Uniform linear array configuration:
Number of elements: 32
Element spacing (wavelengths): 0.75
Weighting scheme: binomial
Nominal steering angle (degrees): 0
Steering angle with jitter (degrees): -0.9299
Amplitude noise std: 0.05
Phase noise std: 0.05

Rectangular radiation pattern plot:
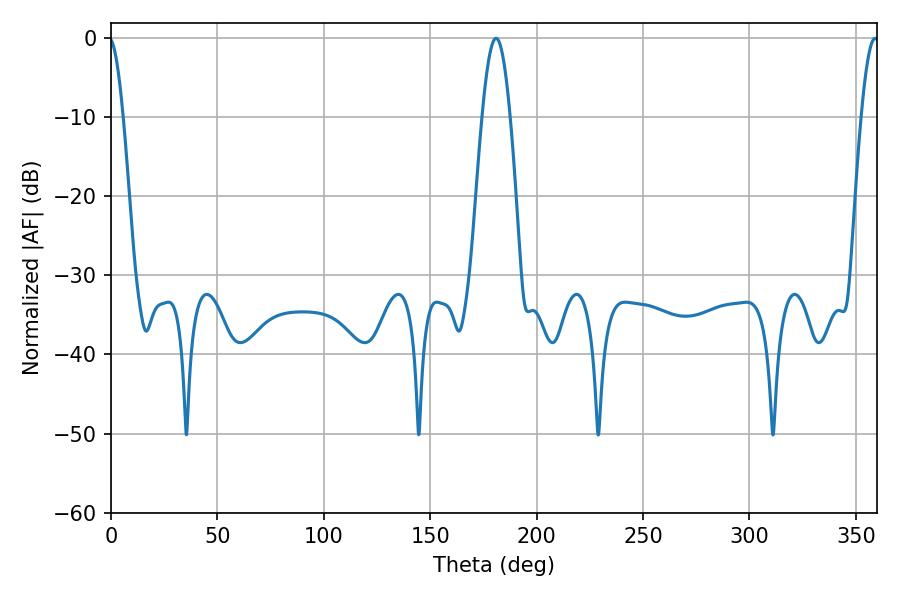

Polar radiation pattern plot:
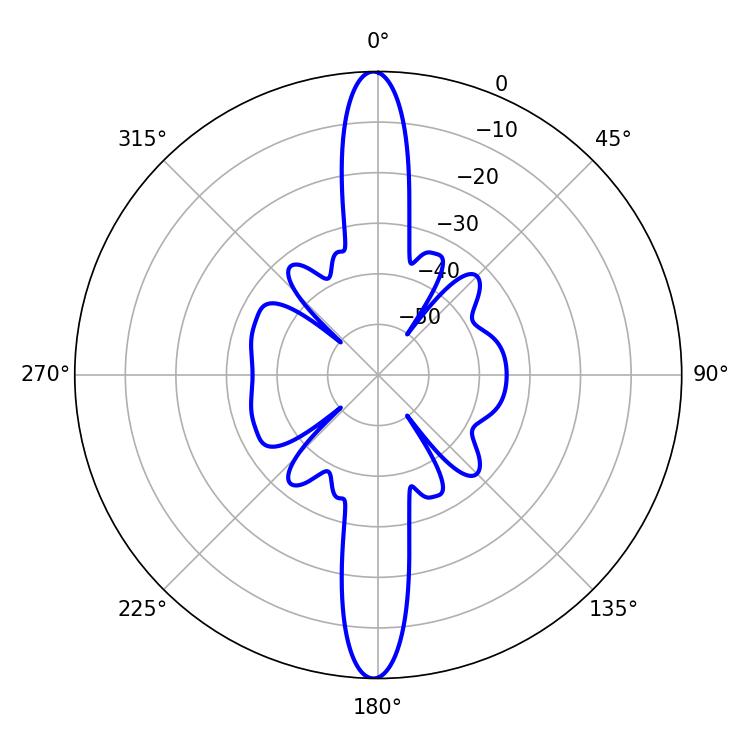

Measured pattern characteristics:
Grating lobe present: TRUE
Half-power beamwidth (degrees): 7.2
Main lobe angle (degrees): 180.9